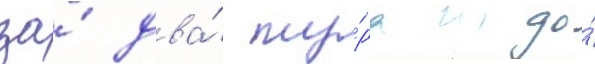
за́ два́ ту́ра до́